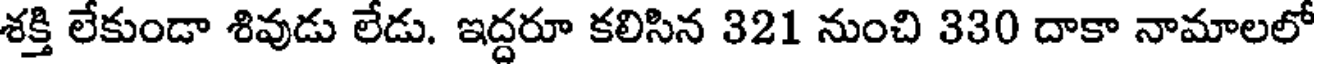
శక్తి లేకుండా శివుడు లేడు. ఇద్దరూ కలిసిన 321 నుంచి 330 దాకా నామాలలో